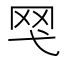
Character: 𱺴